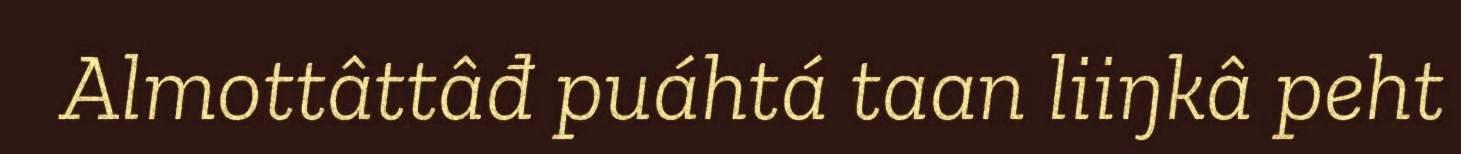
Almottâttâđ puáhtá taan liiŋkâ peht